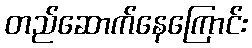
တည်ဆောက်နေကြောင်း